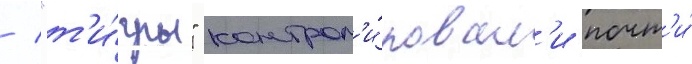
/ "т'и́гры" контрол'и́ровал'и почт'и́